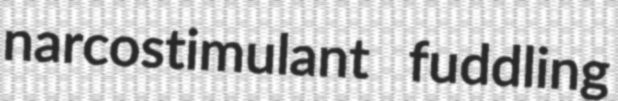
narcostimulant fuddling